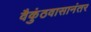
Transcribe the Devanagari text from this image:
वैकुंठवासानंतर